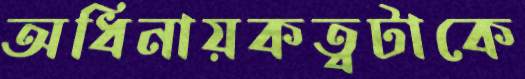
অধিনায়কত্বটাকে